画像に写った文字を読んでください
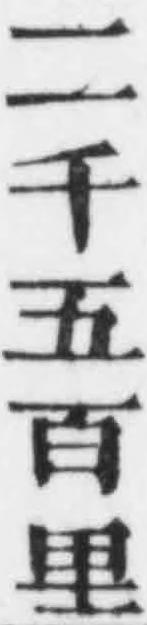
「二千五百里」と書いてあります